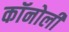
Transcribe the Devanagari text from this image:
कॉनोली